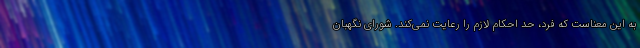
به این معناست که فرد، حد احکام لازم را رعایت نمی‌کند. شورای نگهبان